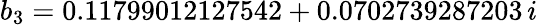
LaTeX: b_{3}=0.11799012127542+0.0702739287203\, i